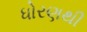
ધોરણથી